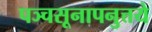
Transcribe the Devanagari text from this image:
पञ्चसूनापनुत्तये